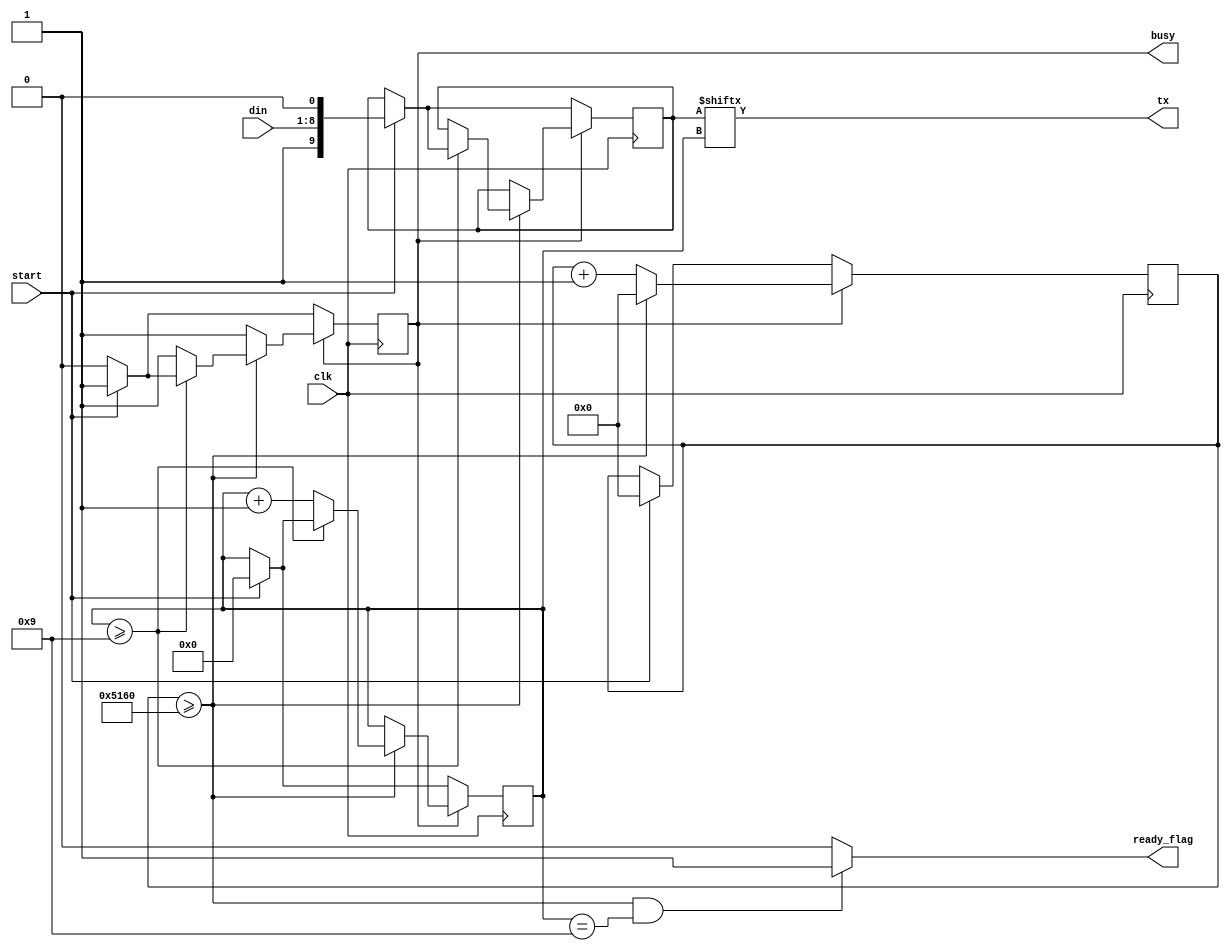
`timescale 1ns / 1ps
//////////////////////////////////////////////////////////////////////////////////
// Company: 
// Engineer: 
// 
// Design Name: 
// Module Name: uart_tx
// Project Name: 
// Target Devices: 
// Tool Versions: 
// Description: 
// 
// Dependencies: 
// 
// Revision:
// Revision 0.01 - File Created
// Additional Comments:
// 
//////////////////////////////////////////////////////////////////////////////////


module uart_tx (clk, start, din, tx, busy, ready_flag);
    input wire clk;
    input wire start;
    input wire [7:0] din;
    output wire tx;
    output reg busy = 0;
    output reg ready_flag = 1; // ready_flag pulses high for one cycle, the cycles before busy goes low
    
    reg [9:0] data = 10'h3FF;
    reg [31:0] count;
    reg [3:0] bit_idx = 0;
    parameter CLOCK_FREQUENCY = 200000000;
    parameter BAUD_RATE = 9600;
    localparam TIMER_MAX = CLOCK_FREQUENCY/BAUD_RATE-1;//ceil(200MHz/9600baud)-1
    always@(posedge clk)
        if (busy == 0) begin
            if (start == 1) begin
                busy <= 1;
                data <= {1'b1, din, 1'b0};
                count <= 0;
                bit_idx <= 0;
            end
        end else begin
            if (count >= TIMER_MAX) begin
                count <= 0;
                if (bit_idx >= 9)
                    if (start == 1) begin
                        data <= {1'b1, din, 1'b0};
                        bit_idx <= 0;
                    end else
                        busy <= 0;
                else
                    bit_idx <= bit_idx + 1;
            end else
                count <= count + 1;
        end
        
    assign tx = data[bit_idx];
    always@*
        if (count >= TIMER_MAX && bit_idx == 9)
            ready_flag = 1;
        else
            ready_flag = 0;
endmodule